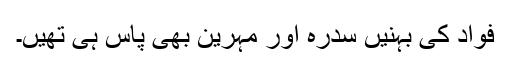
فواد کی بہنیں سدرہ اور مہرین بھی پاس ہی تھیں۔